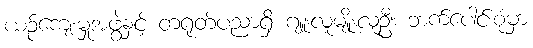
ယဉ်ကျေးမှုအဖွဲ့နှင့် တရုတ်ပညာရှိ ဂျူးလူမျိုးလူဦး ဘက်ပေါင်းစုံမှာ